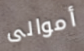
أموالى